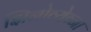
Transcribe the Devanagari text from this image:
झिनोव्येव्ना